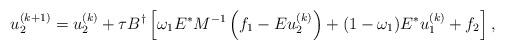
LaTeX: \begin{align*} u_2^{(k+1)}=u_2^{(k)}+\tau B^{\dag}\left[\omega_1E^*M^{-1}\left(f_1-Eu_2^{(k)}\right)+(1-\omega_1)E^*u_1^{(k)}+f_2\right],\end{align*}